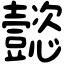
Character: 懿